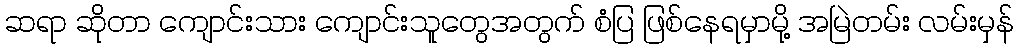
ဆရာ ဆိုတာ ကျောင်းသား ကျောင်းသူတွေအတွက် စံပြ ဖြစ်နေရမှာမို့ အမြဲတမ်း လမ်းမှန်